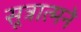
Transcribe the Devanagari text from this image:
सूत्रात्मने